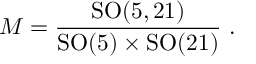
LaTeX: { \cal M } = \frac { \mathrm { S O } ( 5 , 2 1 ) } { \mathrm { S O } ( 5 ) \times \mathrm { S O } ( 2 1 ) } \ .